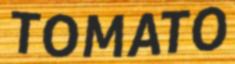
TOMATO